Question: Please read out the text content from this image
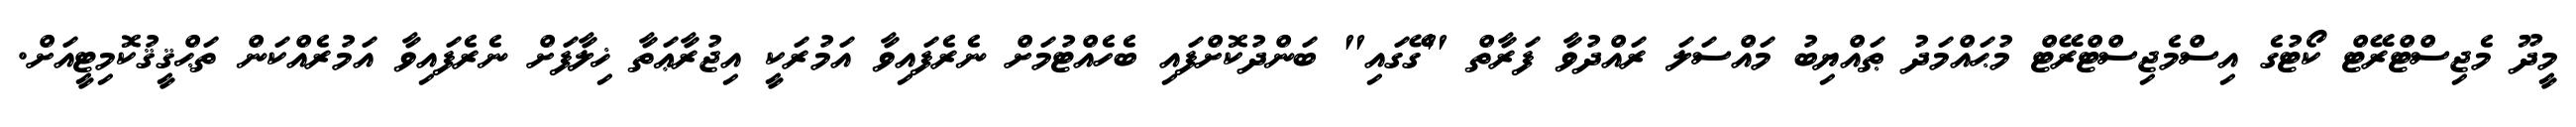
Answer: މީދޫ މެޖިސްޓްރޭޓް ކޯޓުގެ އިސްމެޖިސްޓްރޭޓް މުޙައްމަދު ޠައްޔިބު މައްސަލަ ރައްދުވާ ފަރާތް "ގޭގައި" ބަންދުކޮށްފައި ބެހެއްޓުމަށް ނެރެފައިވާ އަމުރަކީ އިޖުރާޢަތާ ޚިލާފަށް ނެރެފައިވާ އަމުރެއްކަން ތަޙްޤީޤުކޮމިޓީއަށް.